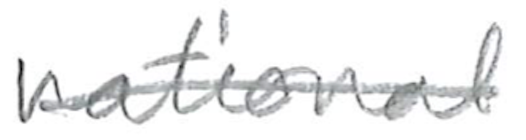
Text: national
Cross-out: single-line
Writing tool: pencil